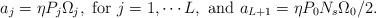
LaTeX: \begin{align*}{a _j} = \eta P_{j} \Omega_{j},~{\rm for}~j = 1, \cdots L,~{\rm and}~{a_{L+1}} =\eta P_0 N_s \Omega_0 /2.\end{align*}